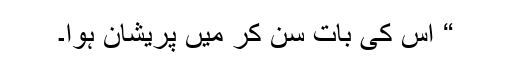
“ اس کی بات سن کر میں پریشان ہوا۔